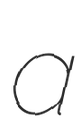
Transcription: a